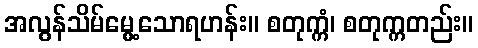
အလွန်သိမ်မွေ့သောရဟန်း။ စတုက္ကံ၊ စတုက္ကတည်း။